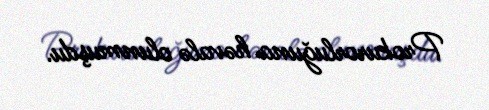
Prokurorluğuna həvalə olunmuşdu.